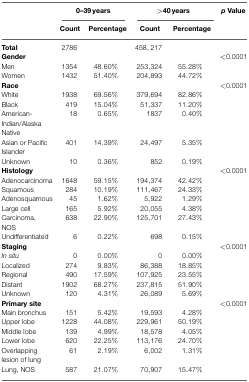
<table><thead><tr><td></td><td colspan="2"><b>0–39 years</b></td><td colspan="2"><b>&gt;40 years</b></td><td><b><i>p</i> Value</b></td></tr><tr><td></td><td><b>Count</b></td><td><b>Percentage</b></td><td><b>Count</b></td><td><b>Percentage</b></td><td></td></tr></thead><tbody><tr><td><b>Total</b></td><td>2786</td><td></td><td>458,217</td><td></td><td></td></tr><tr><td><b>Gender</b></td><td></td><td></td><td></td><td></td><td>&lt;0.0001</td></tr><tr><td>Men</td><td>1354</td><td>48.60%</td><td>253,324</td><td>55.28%</td><td></td></tr><tr><td>Women</td><td>1432</td><td>51.40%</td><td>204,893</td><td>44.72%</td><td></td></tr><tr><td><b>Race</b></td><td></td><td></td><td></td><td></td><td>&lt;0.0001</td></tr><tr><td>White</td><td>1938</td><td>69.56%</td><td>379,694</td><td>82.86%</td><td></td></tr><tr><td>Black</td><td>419</td><td>15.04%</td><td>51,337</td><td>11.20%</td><td></td></tr><tr><td>American-Indian/Alaska Native</td><td>18</td><td>0.65%</td><td>1837</td><td>0.40%</td><td></td></tr><tr><td>Asian or Pacific Islander</td><td>401</td><td>14.39%</td><td>24,497</td><td>5.35%</td><td></td></tr><tr><td>Unknown</td><td>10</td><td>0.36%</td><td>852</td><td>0.19%</td><td></td></tr><tr><td><b>Histology</b></td><td></td><td></td><td></td><td></td><td>&lt;0.0001</td></tr><tr><td>Adenocarcinoma</td><td>1648</td><td>59.15%</td><td>194,374</td><td>42.42%</td><td></td></tr><tr><td>Squamous</td><td>284</td><td>10.19%</td><td>111,467</td><td>24.33%</td><td></td></tr><tr><td>Adenosquamous</td><td>45</td><td>1.62%</td><td>5,922</td><td>1.29%</td><td></td></tr><tr><td>Large cell</td><td>165</td><td>5.92%</td><td>20,055</td><td>4.38%</td><td></td></tr><tr><td>Carcinoma, NOS</td><td>638</td><td>22.90%</td><td>125,701</td><td>27.43%</td><td></td></tr><tr><td>Undifferentiated</td><td>6</td><td>0.22%</td><td>698</td><td>0.15%</td><td></td></tr><tr><td><b>Staging</b></td><td></td><td></td><td></td><td></td><td>&lt;0.0001</td></tr><tr><td><i>In situ</i></td><td>0</td><td>0.00%</td><td>0</td><td>0.00%</td><td></td></tr><tr><td>Localized</td><td>274</td><td>9.83%</td><td>86,388</td><td>18.85%</td><td></td></tr><tr><td>Regional</td><td>490</td><td>17.59%</td><td>107,925</td><td>23.55%</td><td></td></tr><tr><td>Distant</td><td>1902</td><td>68.27%</td><td>237,815</td><td>51.90%</td><td></td></tr><tr><td>Unknown</td><td>120</td><td>4.31%</td><td>26,089</td><td>5.69%</td><td></td></tr><tr><td><b>Primary site</b></td><td></td><td></td><td></td><td></td><td>&lt;0.0001</td></tr><tr><td>Main bronchus</td><td>151</td><td>5.42%</td><td>19,593</td><td>4.28%</td><td></td></tr><tr><td>Upper lobe</td><td>1228</td><td>44.08%</td><td>229,961</td><td>50.19%</td><td></td></tr><tr><td>Middle lobe</td><td>139</td><td>4.99%</td><td>18,578</td><td>4.05%</td><td></td></tr><tr><td>Lower lobe</td><td>620</td><td>22.25%</td><td>113,176</td><td>24.70%</td><td></td></tr><tr><td>Overlapping lesion of lung</td><td>61</td><td>2.19%</td><td>6,002</td><td>1.31%</td><td></td></tr><tr><td>Lung, NOS</td><td>587</td><td>21.07%</td><td>70,907</td><td>15.47%</td><td></td></tr></tbody></table>